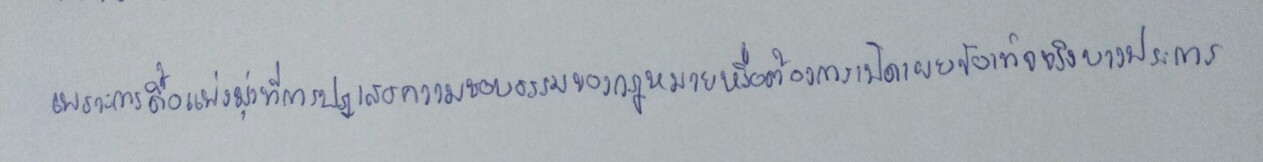
เพราะการดื้อแพ่งมุ่งที่การปฏิเสธความชอบธรรมของกฎหมายหรือต้องการเปิดเผยข้อเท็จจริงบางประการ